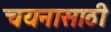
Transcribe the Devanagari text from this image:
चयनासाठी